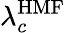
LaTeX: \lambda_{c}^{\mathrm{HMF}}